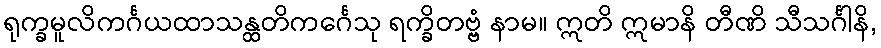
ရုက္ခမူလိကင်္ဂယထာသန္ထတိကင်္ဂေသု ရက္ခိတဗ္ဗံ နာမ။ ဣတိ ဣမာနိ တီဏိ သီသင်္ဂါနိ,